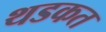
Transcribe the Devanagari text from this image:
थडकत